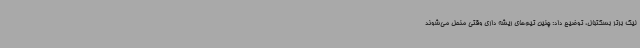
لیگ برتر بسکتبال، توضیح داد: چنین تیم‌های ریشه داری وقتی منحل می‌شوند